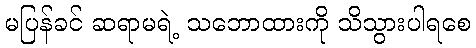
မပြန်ခင် ဆရာမရဲ့ သဘောထားကို သိသွားပါရစေ